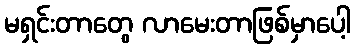
မရှင်းတာတွေ လာမေးတာဖြစ်မှာပေါ့